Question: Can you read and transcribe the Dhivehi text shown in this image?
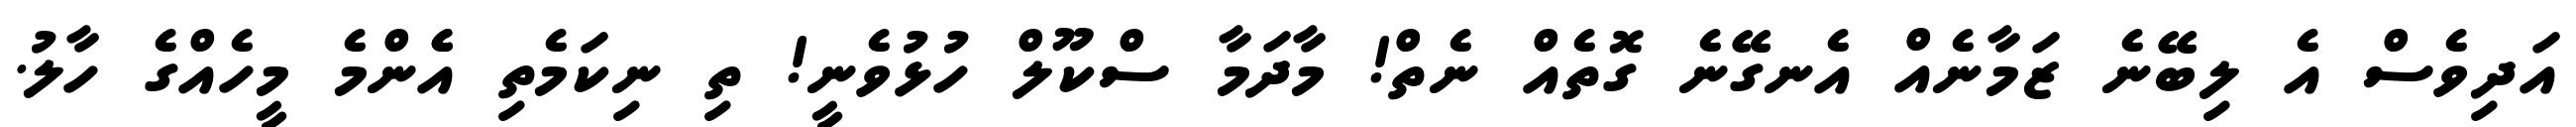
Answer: އަދިވެސް އެ ލިބޭނެ ޒަމާނެއް އެނގޭނެ ގޮތެއް ނެތް! މާދަމާ ސްކޫލް ހުޅުވެނީ! ތި ނިކަމެތި އެެންމެ މީހެއްގެ ހާލު.